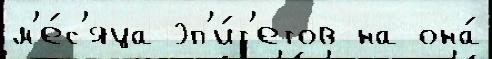
м'е́с'яца эп'и́т'етов на она́